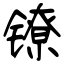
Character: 镣